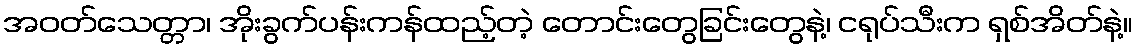
အဝတ်သေတ္တာ၊ အိုးခွက်ပန်းကန်ထည့်တဲ့ တောင်းတွေခြင်းတွေနဲ့၊ ငရုပ်သီးက ရှစ်အိတ်နဲ့။